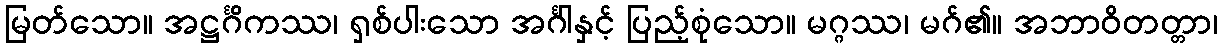
မြတ်သော။ အဋ္ဌင်္ဂိကဿ၊ ရှစ်ပါးသော အင်္ဂါနှင့် ပြည့်စုံသော။ မဂ္ဂဿ၊ မဂ်၏။ အဘာဝိတတ္တာ၊